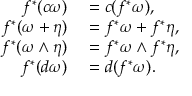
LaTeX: \begin{array} { r l } { f ^ { * } ( c \omega ) } & { { } = c ( f ^ { * } \omega ) , } \\ { f ^ { * } ( \omega + \eta ) } & { { } = f ^ { * } \omega + f ^ { * } \eta , } \\ { f ^ { * } ( \omega \wedge \eta ) } & { { } = f ^ { * } \omega \wedge f ^ { * } \eta , } \\ { f ^ { * } ( d \omega ) } & { { } = d ( f ^ { * } \omega ) . } \end{array}